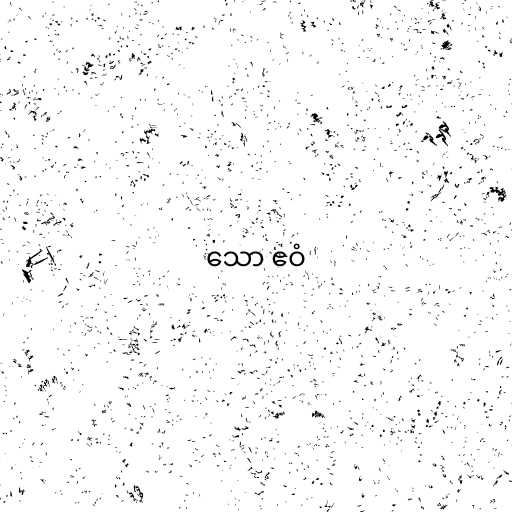
သော ဧဝံ